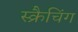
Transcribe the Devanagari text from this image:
स्क्रैचिंग